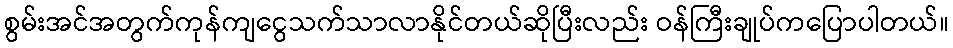
စွမ်းအင်အတွက်ကုန်ကျငွေသက်သာလာနိုင်တယ်ဆိုပြီးလည်း ဝန်ကြီးချုပ်ကပြောပါတယ်။